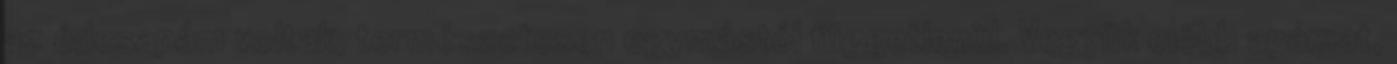
az édesapám voltak, természetesen egymástól függetlenül. Vegyük előbb apámat,